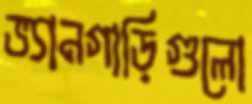
ভ্যানগাড়িগুলো